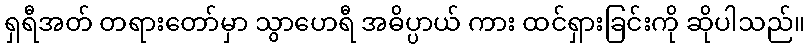
ရှရီအတ် တရားတော်မှာ သွာဟေရီ အဓိပ္ပာယ် ကား ထင်ရှားခြင်းကို ဆိုပါသည်။